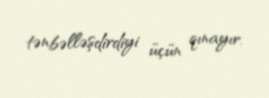
tənbəlləşdirdiyi üçün qınayır.